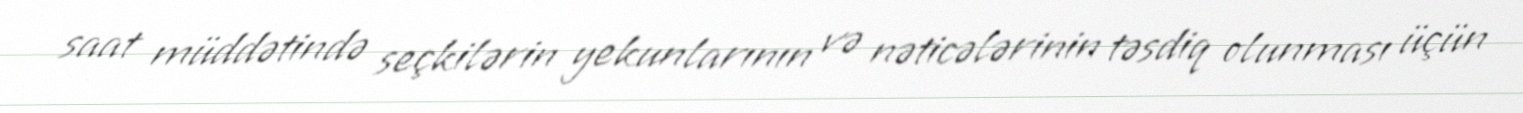
saat müddətində seçkilərin yekunlarının və nəticələrinin təsdiq olunması üçün